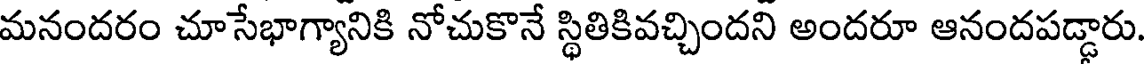
మనందరం చూసేభాగ్యానికి నోచుకొనే స్థితికివచ్చిందని అందరూ ఆనందపడ్డారు.